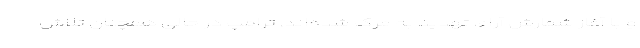
و با آغاز شمارش آراء، تهدید به مرگ شده‌اند. ترامپ در حالی همچنان تلاش